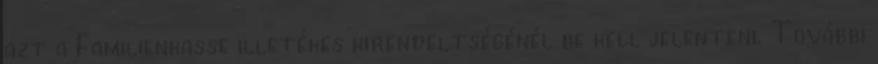
azt a Familienkasse illetékes kirendeltségénél be kell jelenteni. További